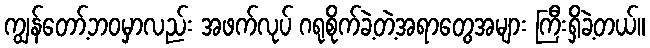
ကျွန်တော့်ဘဝမှာလည်း အဖက်လုပ် ဂရုစိုက်ခဲ့တဲ့အရာတွေအများ ကြီးရှိခဲ့တယ်။